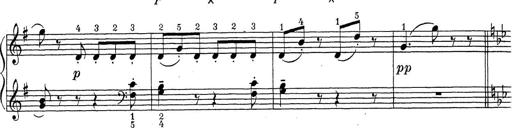
Title: ÄŒeskÃ© Sonatiny
Composer: Various